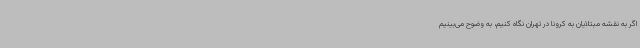
اگر به نقشه مبتلایان به کرونا در تهران نگاه کنیم، به وضوح می‌بینیم